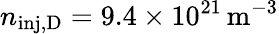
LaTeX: n_{\mathrm{inj,D}}=9.4\times 10^{21}\, \mathrm{m^{-3}}